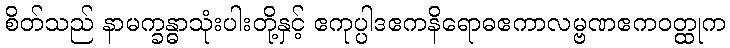
စိတ်သည် နာမက္ခန္ဓာသုံးပါးတို့နှင့် ဧကုပ္ပါဒဧကနိရောဓဧကာလမ္ဗဏဧကဝတ္ထုက